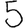
Digit: 5